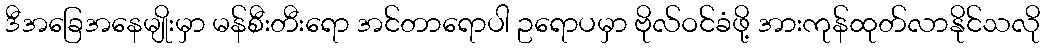
ဒီအခြေအနေမျိုးမှာ မန်စီးတီးရော အင်တာရောပါ ဥရောပမှာ ဗိုလ်ဝင်ခံဖို့ အားကုန်ထုတ်လာနိုင်သလို